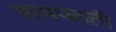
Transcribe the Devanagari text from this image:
समपतती